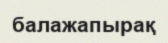
балажапырақ